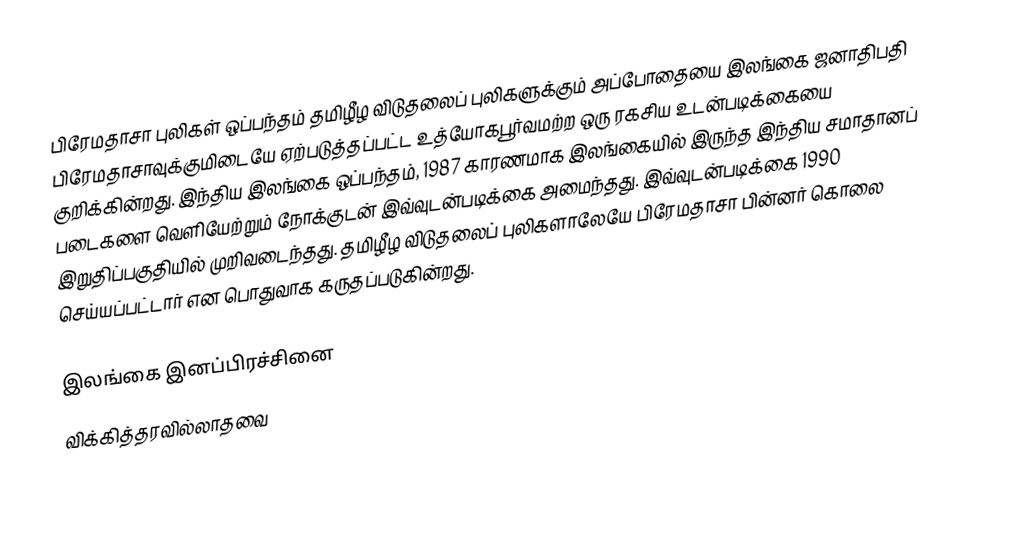
பிரேமதாசா புலிகள் ஒப்பந்தம் தமிழீழ விடுதலைப் புலிகளுக்கும் அப்போதையை இலங்கை ஜனாதிபதி பிரேமதாசாவுக்குமிடையே ஏற்படுத்தப்பட்ட உத்யோகபூர்வமற்ற ஒரு ரகசிய உடன்படிக்கையை குறிக்கின்றது.  இந்திய இலங்கை ஒப்பந்தம், 1987 காரணமாக இலங்கையில் இருந்த இந்திய சமாதானப் படைகளை வெளியேற்றும் நோக்குடன் இவ்வுடன்படிக்கை அமைந்தது.  இவ்வுடன்படிக்கை 1990 இறுதிப்பகுதியில் முறிவடைந்தது.  தமிழீழ விடுதலைப் புலிகளாலேயே பிரேமதாசா பின்னர் கொலை செய்யப்பட்டார் என பொதுவாக கருதப்படுகின்றது.

இலங்கை இனப்பிரச்சினை
விக்கித்தரவில்லாதவை